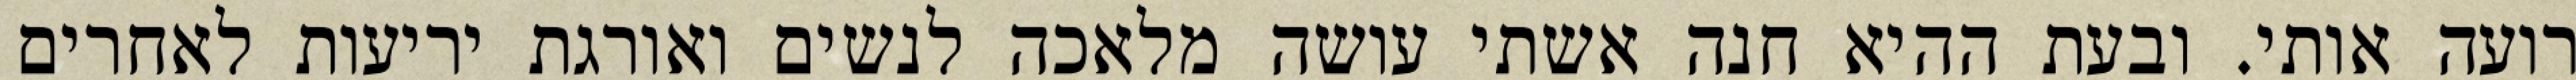
רועה אותי. ובעת ההיא חנה אשתי עושה מלאכה לנשים ואורגת יריעות לאחרים